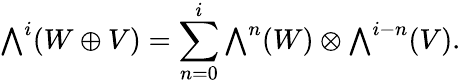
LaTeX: {\textstyle\bigwedge^{i}}(W\oplus V)=\sum_{n=0}^{i}{\textstyle\bigwedge^{n}(W)\otimes\bigwedge^{i-n}}(V).